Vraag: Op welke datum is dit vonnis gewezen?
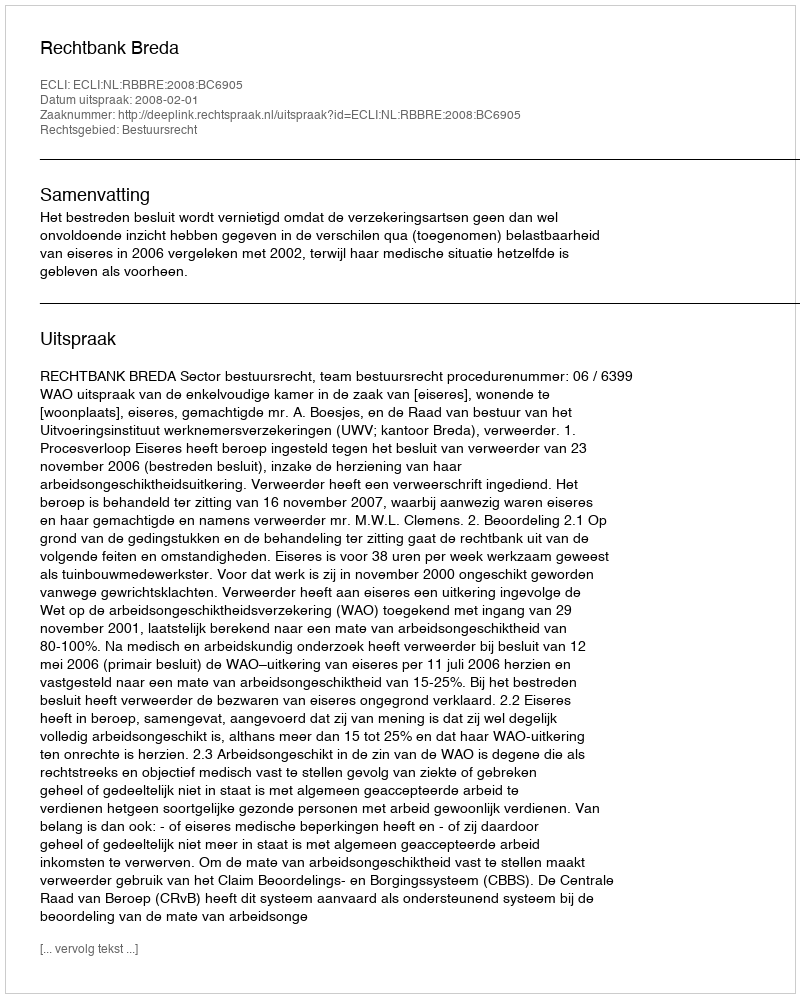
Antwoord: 2008-02-01